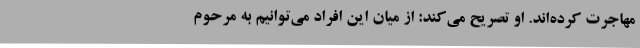
مهاجرت کرده‌اند. او تصریح می‌کند: از میان این افراد می‌توانیم به مرحوم